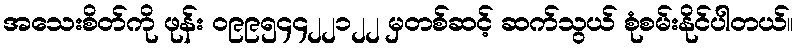
အသေးစိတ်ကို ဖုန်း ၀၉၉၅၄၄၂၂၁၂၂ မှတစ်ဆင့် ဆက်သွယ် စုံစမ်းနိုင်ပါတယ်။